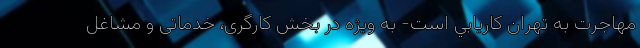
مهاجرت به تهران كاريابي است- به ویژه در بخش کارگری، خدماتی و مشاغل